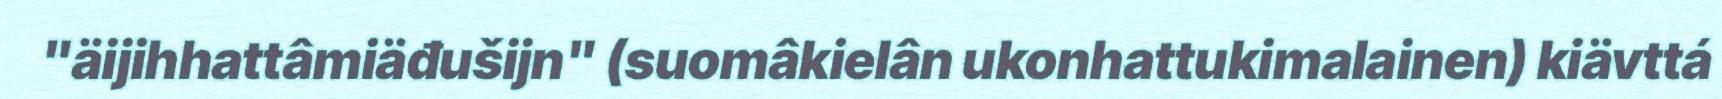
"äijihhattâmiäđušijn" (suomâkielân ukonhattukimalainen) kiävttá